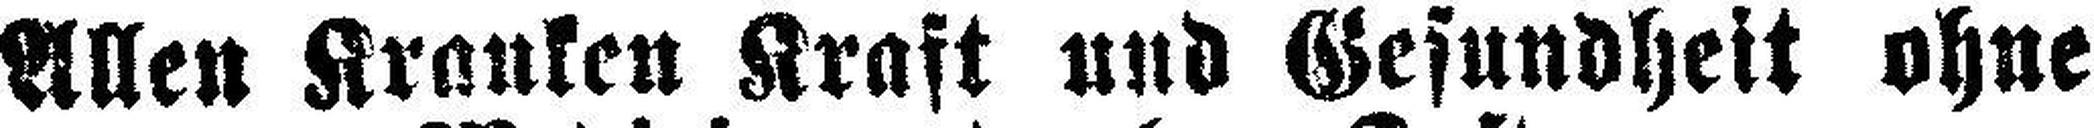
Allen Kranken Kraft und Gesundheit ohne